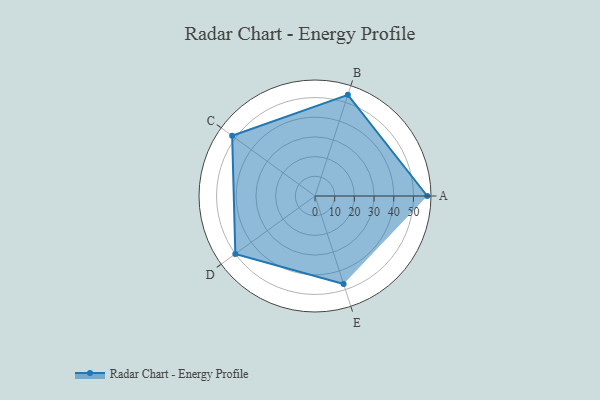
{"axis": {"x": "Skill", "y": "Score"}, "legend": ["Profile"], "data": [{"x": "A", "y": 57.0, "type": "Profile"}, {"x": "B", "y": 54.0, "type": "Profile"}, {"x": "C", "y": 52.0, "type": "Profile"}, {"x": "D", "y": 50.0, "type": "Profile"}, {"x": "E", "y": 47.0, "type": "Profile"}]}